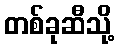
တစ်ခုဆီသို့